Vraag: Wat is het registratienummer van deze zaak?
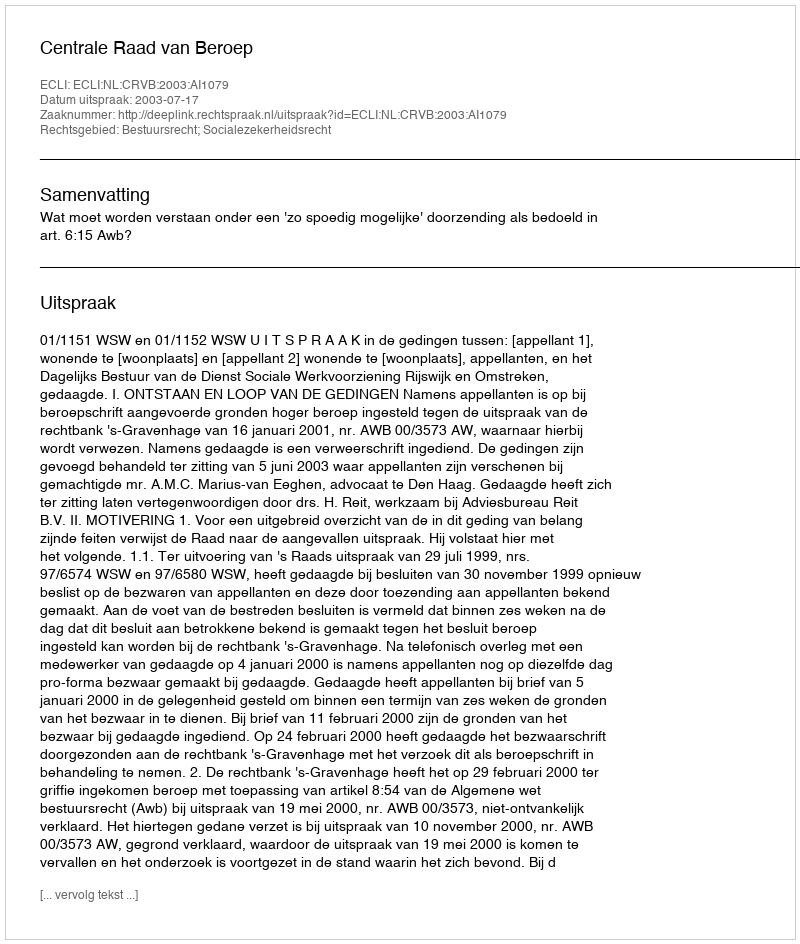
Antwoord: http://deeplink.rechtspraak.nl/uitspraak?id=ECLI:NL:CRVB:2003:AI1079